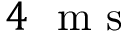
4 ~ \mathrm { ~ m ~ s ~ }